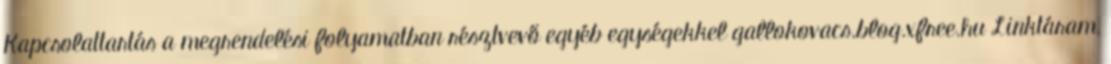
Kapcsolattartás a megrendelési folyamatban résztvevő egyéb egységekkel gallokovacs.blog.xfree.hu Linktáram,